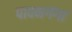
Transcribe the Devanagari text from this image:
पावनगंगा